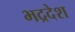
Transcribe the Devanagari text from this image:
भद्रदेश